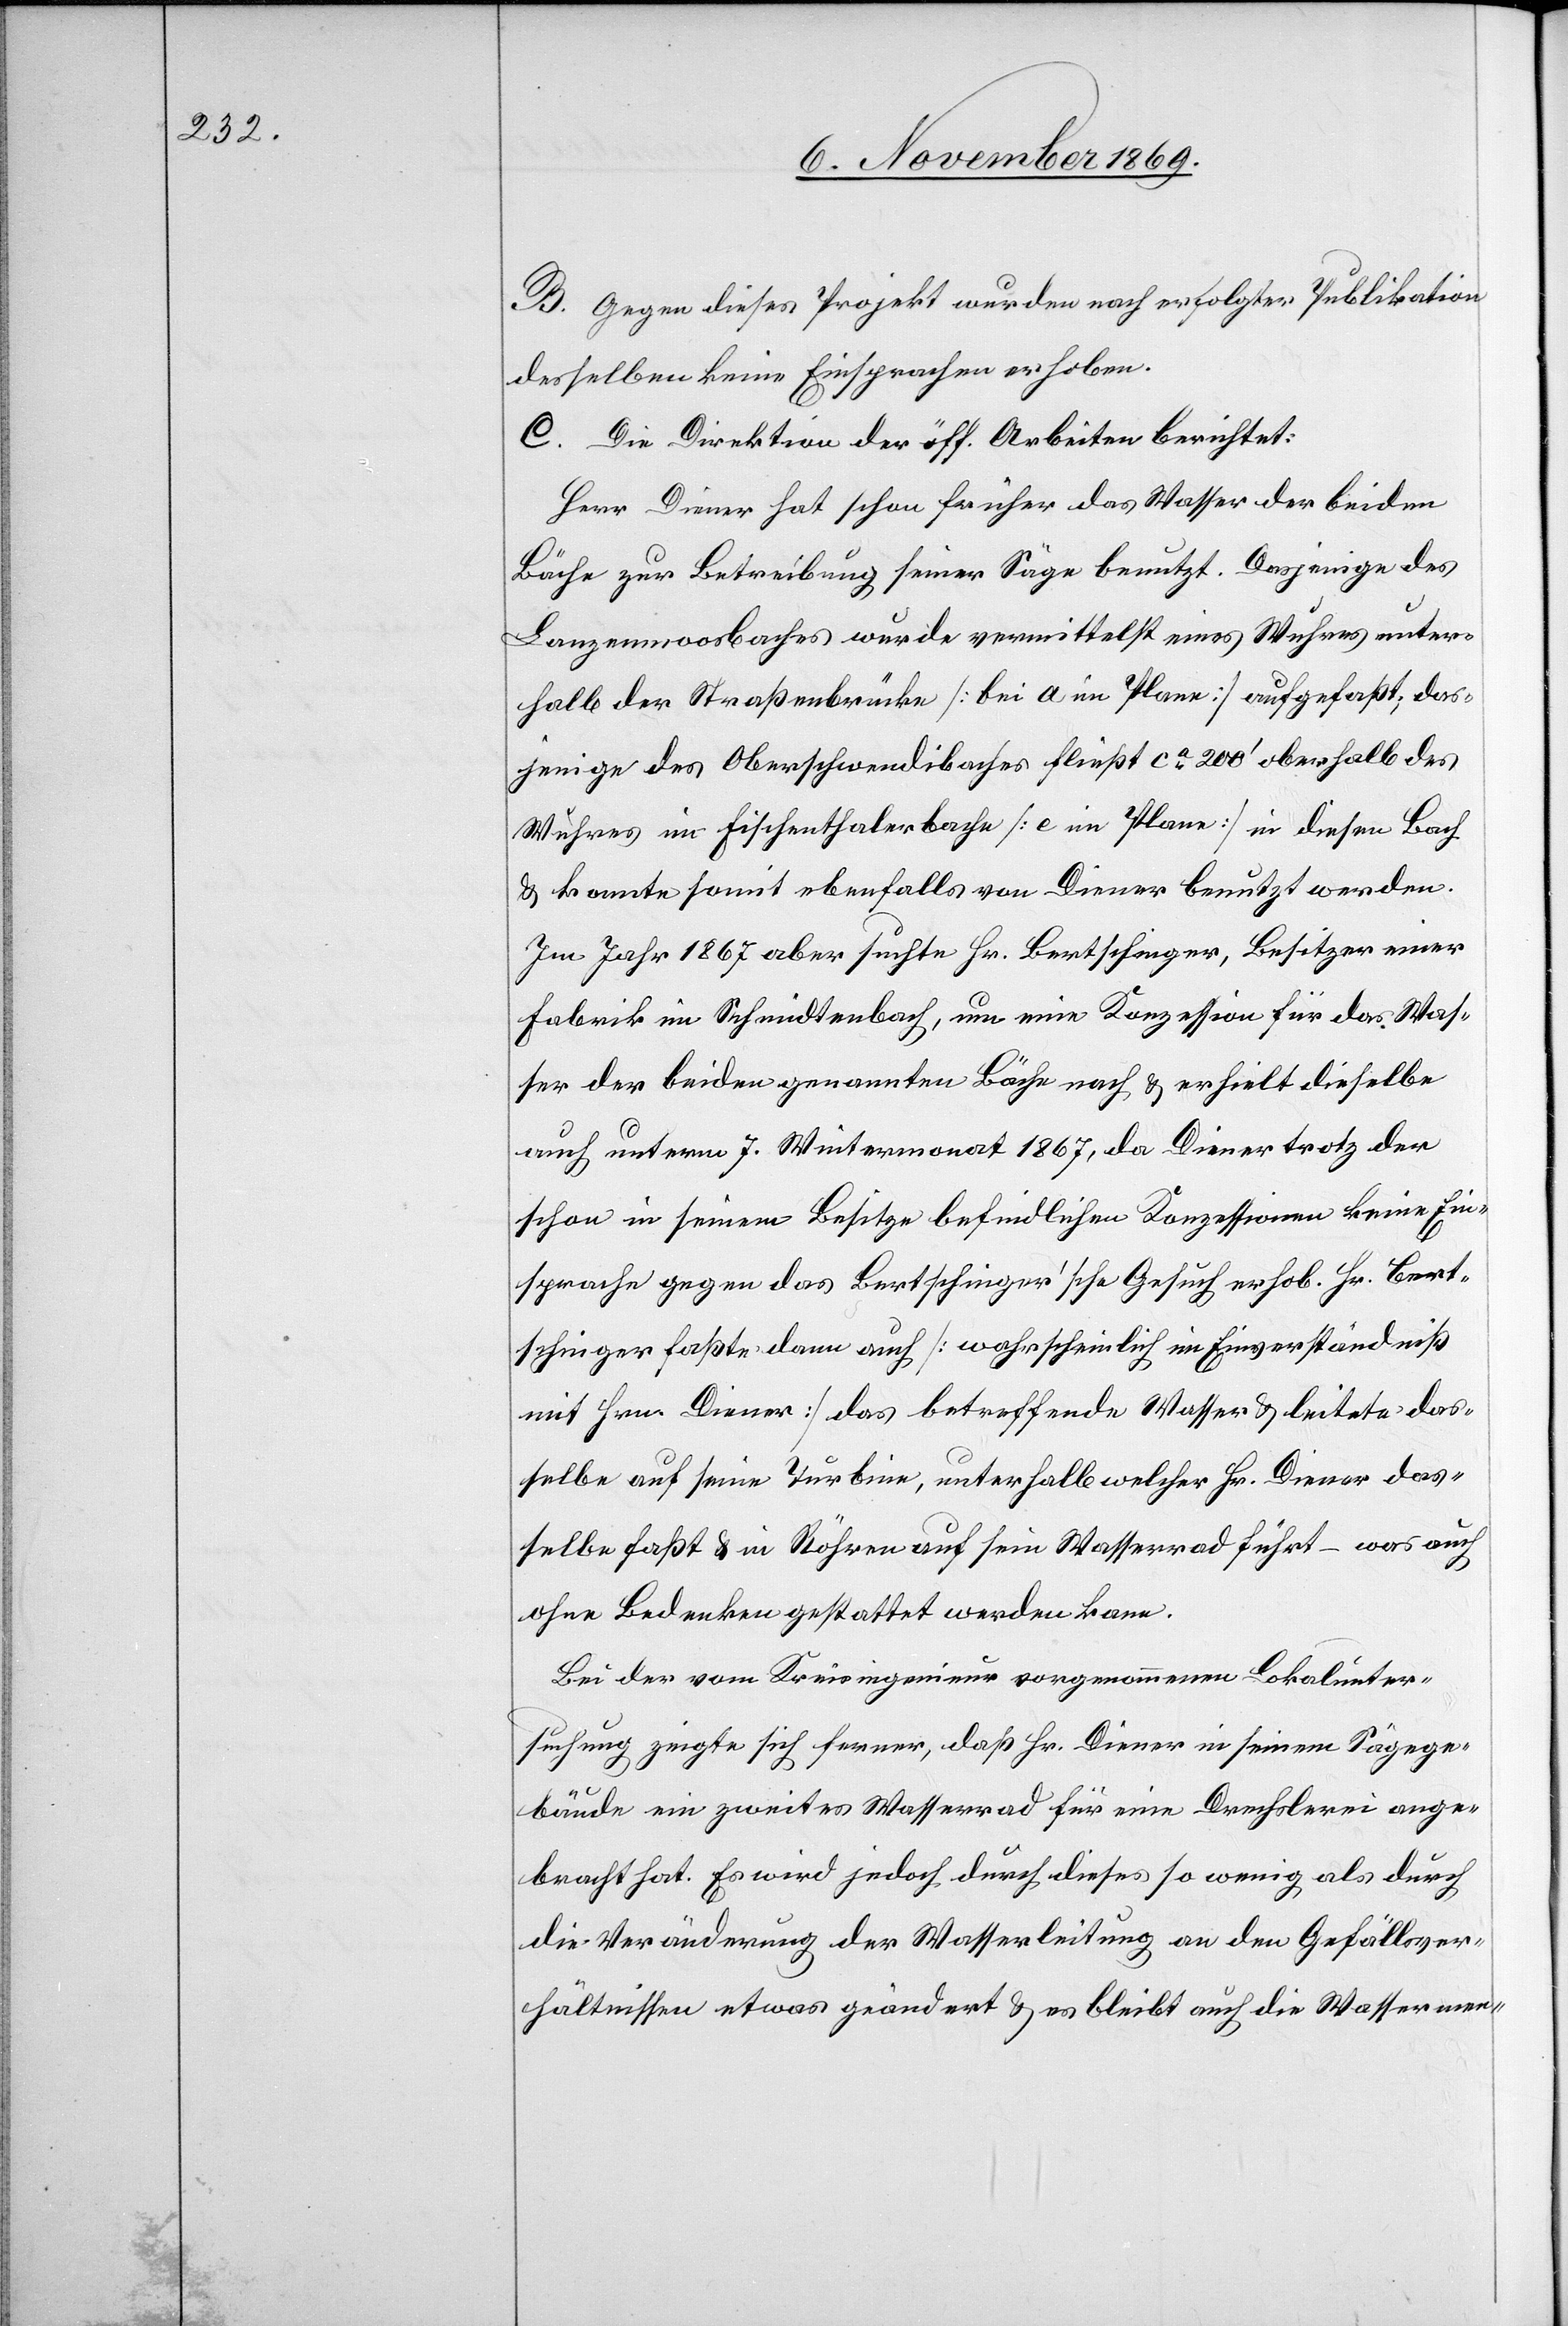
B. Gegen dieses Projekt wurden nach erfolgter Publikation
desselben keine Einsprachen erhoben.
C. Die Direktion der öff. Arbeiten berichtet:
Herr Diener hat schon früher das Wasser der beiden
Bäche zur Betreibung seiner Säge benutzt. Dasjenige des
Lanzenmoosbaches wurde vermittelst eines Wuhres unter¬
halb der Straßenbrücke [bei a im Plane] aufgefaßt; das¬
jenige des Oberschwendibaches fließt ca 200‘ oberhalb des
Wuhres im Fischenthalerbache [e im Plane] in diesen Bach
& konnte somit ebenfalls von Diener benutzt werden.
Im Jahr 1867 aber suchte Hr. Bertschinger, Besitzer einer
Fabrik im Schmidtenbach, um eine Konzession für das Was¬
ser der beiden genannten Bäche nach & erhielt dieselbe
auch unterm 7. Wintermonat 1867, da Diener trotz der
schon in seinem Besitze befindlichen Konzessionen keine Ein¬
sprache gegen das Bertschinger’sche Gesuch erhob. Hr. Bert¬
schinger faßte dann auch [wahrscheinlich im Einverständniß
mit Hrn. Diener] das betreffende Wasser & leitete das¬
selbe auf seine Turbine, unterhalb welcher Hr. Diener das¬
selbe faßt & in Röhren auf sein Wasserrad führt – was auch
ohne Bedenken gestattet werden kann.
Bei der vom Kreisingenieur vorgenommenen Lokalunter¬
suchung zeigte sich ferner, daß Hr. Diener in seinem Sägege¬
bäude ein zweites Wasserrad für eine Drechslerei ange¬
bracht hat. Es wird jedoch durch dieses so wenig als durch
die Veränderung der Wasserleitung an den Gefällsver¬
hältnissen etwas geändert & es bleibt auch die Wassermen-